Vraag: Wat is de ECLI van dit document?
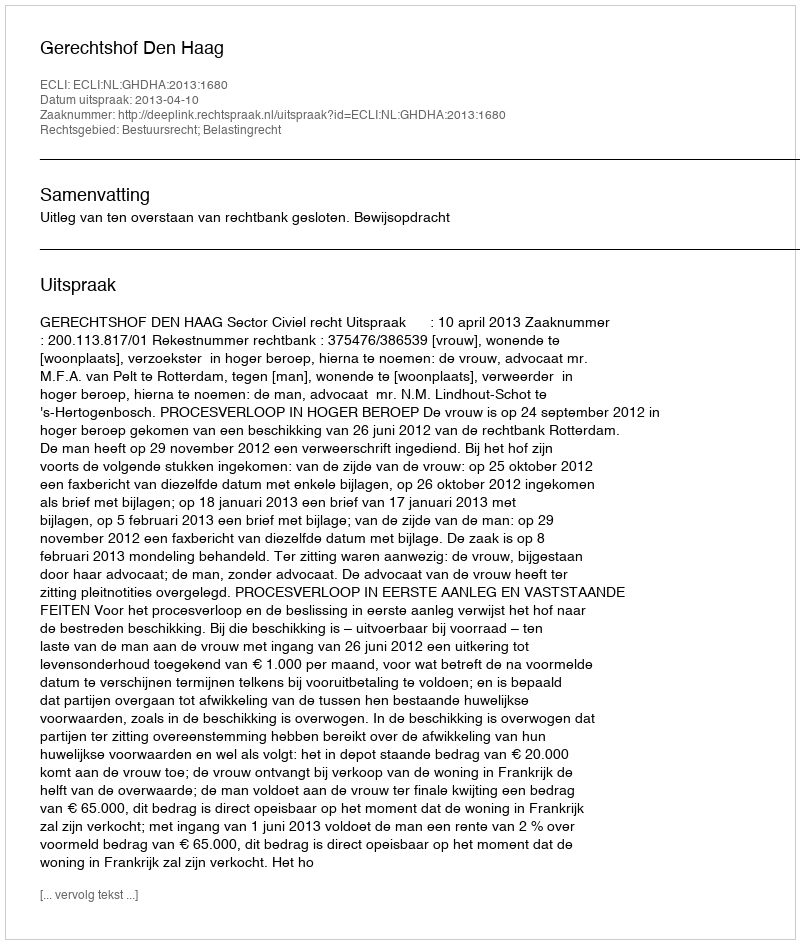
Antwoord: ECLI:NL:GHDHA:2013:1680